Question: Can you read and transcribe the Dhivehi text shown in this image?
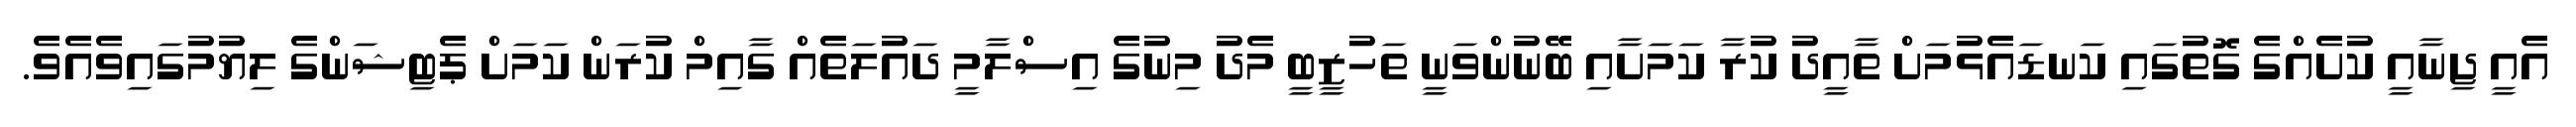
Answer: އެއީ ޖިނާއީ ކުށެއްގެ ގޮތުގައި ކަނޑައެޅުމަށް ތާއީދު ކުރާ ކަމަށާއި ބޭނުންވަނީ ތަހުޒީބީ މެދު މިނުގެ އިސްލާމީ ދައުލަތެއް ގާއިމް ކުރަން ކަމަށް ޕެޓިޝަންގެ ލިޔުމުގައިވެއެވެ.